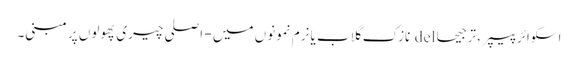
اسکوائر پیپر ، ترجیحا del نازک گلاب یا نرم نمونوں میں - اصلی چیری پھولوں پر مبنی۔